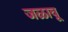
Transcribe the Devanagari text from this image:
जळावू